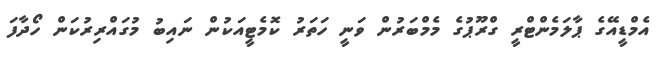
އެމްޑީއޭގެ ޕާލަމެންޓްރީ ގްރޫޕުގެ މެމްބަރުން ވަނީ ހަތަރު ކޮމެޓީއަކުން ނައިބު މުގައްރިރުކަން ހޯދާފަ